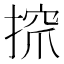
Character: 𢱑